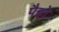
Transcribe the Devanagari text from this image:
पैहो